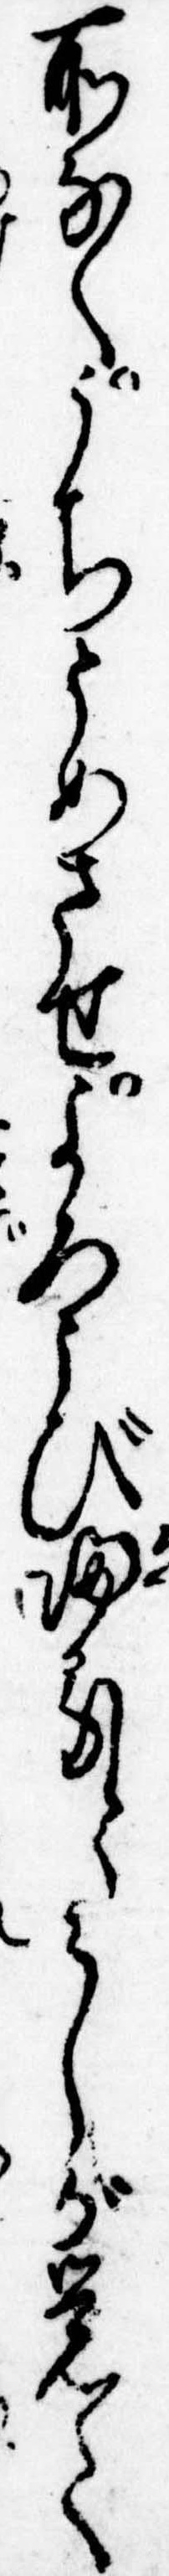
所なくうちとめさせよろこび帰るとみしが覚て